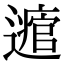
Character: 𨘃